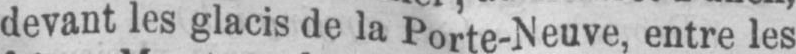
devant les glacis de la Porte-Neuve, entre les